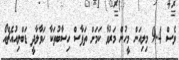
ވެސް 9.4 މިލިއަން މީހުން މަރުވާ ކަމަށް ތަފާސް ހިސާބުތަކާ ހަވާލާދީ ޑަބްލިއުއެޗްއޯ